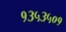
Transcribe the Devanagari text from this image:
१३५३५०१